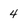
Character: 4